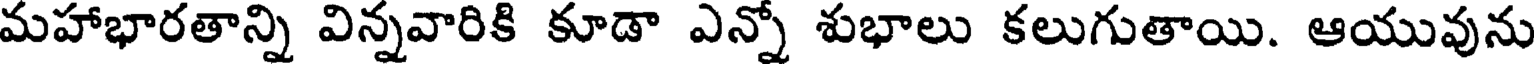
మహాభారతాన్ని విన్నవారికి కూడా ఎన్నో శుభాలు కలుగుతాయి. ఆయువును